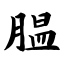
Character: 腽